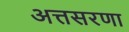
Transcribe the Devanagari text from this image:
अत्तसरणा